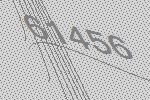
61456